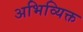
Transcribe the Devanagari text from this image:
अभिव्यिक्त